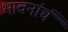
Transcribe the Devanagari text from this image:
भावनांचं